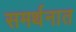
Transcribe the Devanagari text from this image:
समर्थनात